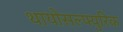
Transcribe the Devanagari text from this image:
थायोसल्फ्युरिक